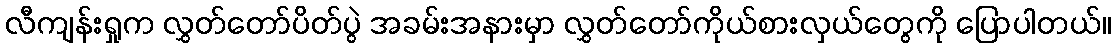
လီကျန်းရှုက လွှတ်တော်ပိတ်ပွဲ အခမ်းအနားမှာ လွှတ်တော်ကိုယ်စားလှယ်တွေကို ပြောပါတယ်။